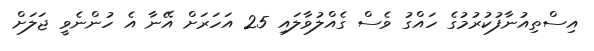
އިސްތިއުނާފުކުރުމުގެ ހައްގު ވެސް ގެއްލުވާލައި 25 އަހަރަށް އޭނާ އެ ހުންނެވީ ޖަލަށް